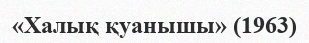
«Халық қуанышы» (1963)